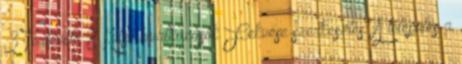
3 Története 8 Külső hivatkozások Fekvése szerkesztés A település a